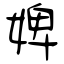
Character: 婢